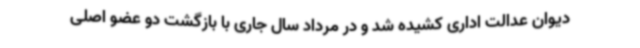
دیوان عدالت اداری کشیده شد و در مرداد سال جاری با بازگشت دو عضو اصلی